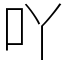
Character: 吖